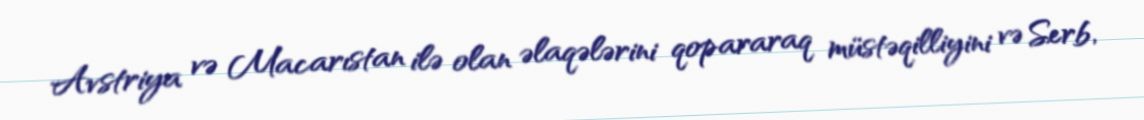
Avstriya və Macarıstan ilə olan əlaqələrini qopararaq müstəqilliyini və Serb,